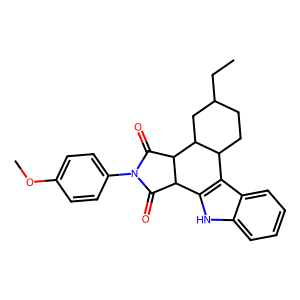
SMILES: CCC1CCC2c3c([nH]c4ccccc34)C3C(=O)N(c4ccc(OC)cc4)C(=O)C3C2C1
Inhibits HIV replication: Yes